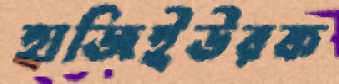
হাজিইউরক